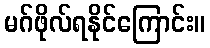
မဂ်ဖိုလ်ရနိုင်ကြောင်း။